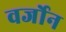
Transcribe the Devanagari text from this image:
वर्जोन